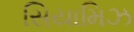
સિયામિઝ